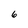
Character: 6